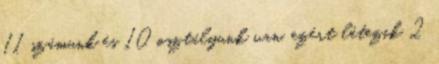
11 számunk és 10 osztályunk van, ezért létezik 2